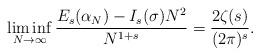
LaTeX: \begin{align*}\liminf_{N\rightarrow\infty}\frac{E_{s}(\alpha_{N})-I_{s}(\sigma) N^{2}}{N^{1+s}}=\frac{2\zeta(s)}{(2\pi)^{s}}.\end{align*}